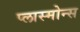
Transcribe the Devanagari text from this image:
प्लास्मोन्स